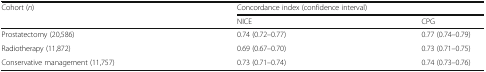
| <ROWSPAN=2> Cohort (n) | <COLSPAN=2> Concordance index (confidence interval) |
 | NICE | CPG |
 | --- | --- | --- |
 | Prostatectomy (20,586) | 0.74 (0.72–0.77) | 0.77 (0.74–0.79) |
 | Radiotherapy (11,872) | 0.69 (0.67–0.70) | 0.73 (0.71–0.75) |
 | Conservative management (11,757) | 0.73 (0.71–0.74) | 0.74 (0.73–0.76) |